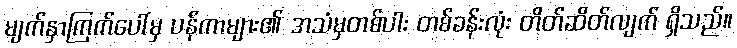
မျက်နှာကြက်ပေါ်မှ ပန်ကာများ၏ အသံမှတစ်ပါး တစ်ခန်းလုံး တိတ်ဆိတ်လျက် ရှိသည်။